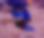
হ